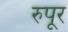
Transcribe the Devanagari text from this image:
रुपूर